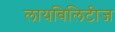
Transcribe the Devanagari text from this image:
लायबिलिटीज